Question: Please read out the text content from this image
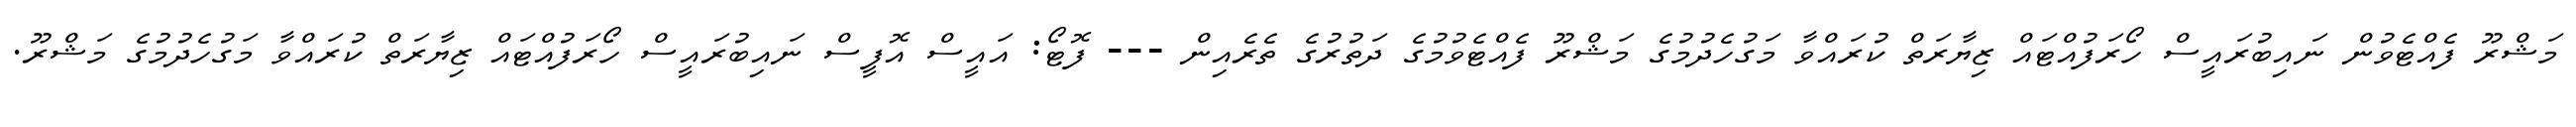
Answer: މަޝްރޫ ފެއްޓެވުން ނައިބުރައީސް ހޯރަފުއްޓައް ޒިޔާރަތް ކުރައްވާ މަގުހެދުމުގެ މަޝްރޫ ފެއްޓެވުމުގެ ދަތުރުގެ ތެރެއިން --- ފޮޓޯ: އައީސް އޮފީސް ނައިބުރައީސް ހޯރަފުއްޓައް ޒިޔާރަތް ކުރައްވާ މަގުހެދުމުގެ މަޝްރޫ.